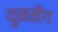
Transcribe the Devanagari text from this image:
युनमेंग